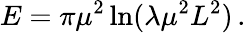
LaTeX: E=\pi\mu^{2}\ln(\lambda\mu^{2}L^{2})\, .